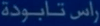
راس-تابويدة